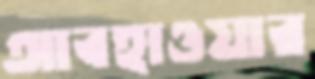
আবহাওয়ার